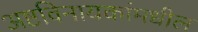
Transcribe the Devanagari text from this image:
अष्टविनायकांमधील